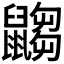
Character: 𪕾